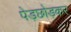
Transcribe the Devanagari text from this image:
पेड़छोड़कर